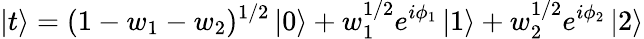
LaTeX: \left|t\right>=(1-w_{1}-w_{2})^{1/2}\left|0\right>+w_{1}^{1/2}e^{i\phi_{1}}\left|1\right>+w_{2}^{1/2}e^{i\phi_{2}}\left|2\right>